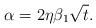
LaTeX: \begin{align*} \alpha=2\eta\beta_1\sqrt{t}.\end{align*}